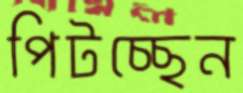
পিটচ্ছেন